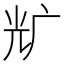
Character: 𰏵